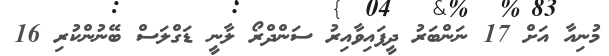
މުނިއާ އަށް 17 ނަންބަރު ދީފައިވާއިރު ސަންދްރޯ ލާނީ ޑަގްލަސް ބޭނުންކުރި 16